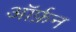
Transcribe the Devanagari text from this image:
ऑर्फ़न